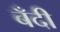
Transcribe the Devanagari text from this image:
बँदी